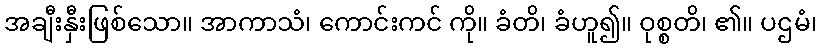
အချီးနှီးဖြစ်သော။ အာကာသံ၊ ကောင်းကင် ကို။ ခံတိ၊ ခံဟူ၍။ ဝုစ္စတိ၊ ၏။ ပဌမံ၊